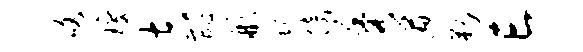
咯琼吉酢彬蜒倚秀遒勒亡